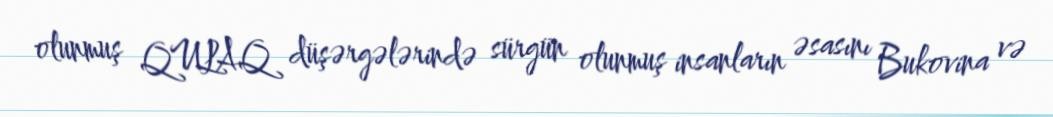
olunmuş QULAQ düşərgələrində sürgün olunmuş insanların əsasını Bukovina və